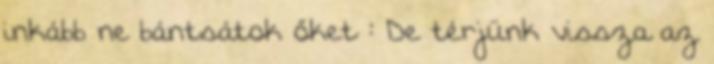
inkább ne bántsátok őket : De térjünk vissza az